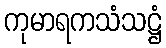
ကုမာရကသံသဋ္ဌံ